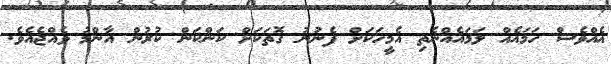
އެއްވެސް ހަމައެއް ލަމައެއްނެތި އެމީހަކަށް ފެނުނު ގޮތަކަށް ކަންކަން ކުރުން އާންމު ވެއްޖެއެވެ.